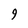
Character: 9